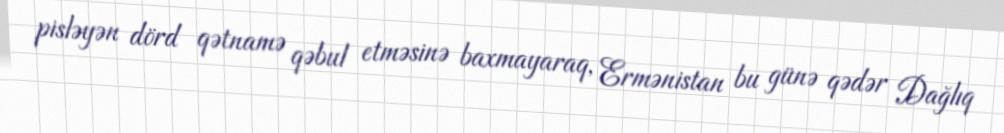
pisləyən dörd qətnamə qəbul etməsinə baxmayaraq, Ermənistan bu günə qədər Dağlıq